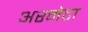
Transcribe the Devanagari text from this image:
अरनेटा